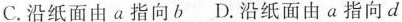
C.沿纸面由a指向b D.沿纸面由a指向d